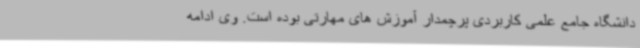
دانشگاه جامع علمی کاربردی پرچمدار آموزش های مهارتی بوده است. وی ادامه